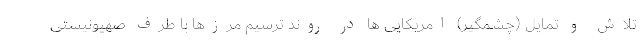
تلاش و تمایل (چشمگیر) امریکایی ها در روند ترسیم مرزها با طرف صهیونیستی